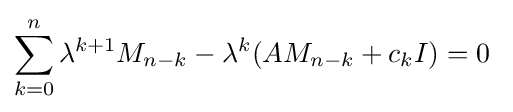
\sum _{k=0}^{n}\lambda ^{k+1}M_{n-k}-\lambda ^{k}(AM_{n-k}+c_{k}I)=0~